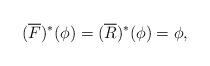
LaTeX: \begin{align*}(\overline F)^*(\phi) = (\overline R)^*(\phi) = \phi,\end{align*}